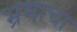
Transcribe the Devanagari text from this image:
भ्रमाचा